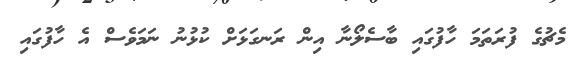
މެޗުގެ ފުރަތަމަ ހާފުގައި ބާސެލޯނާ އިން ރަނގަޅަށް ކުޅުނު ނަމަވެސް އެ ހާފުގައި